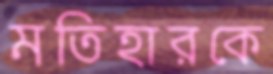
মতিহারকে